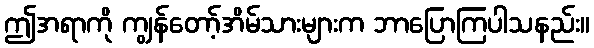
ဤအရာကို ကျွန်တော့်အိမ်သားများက ဘာပြောကြပါသနည်း။